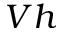
V h